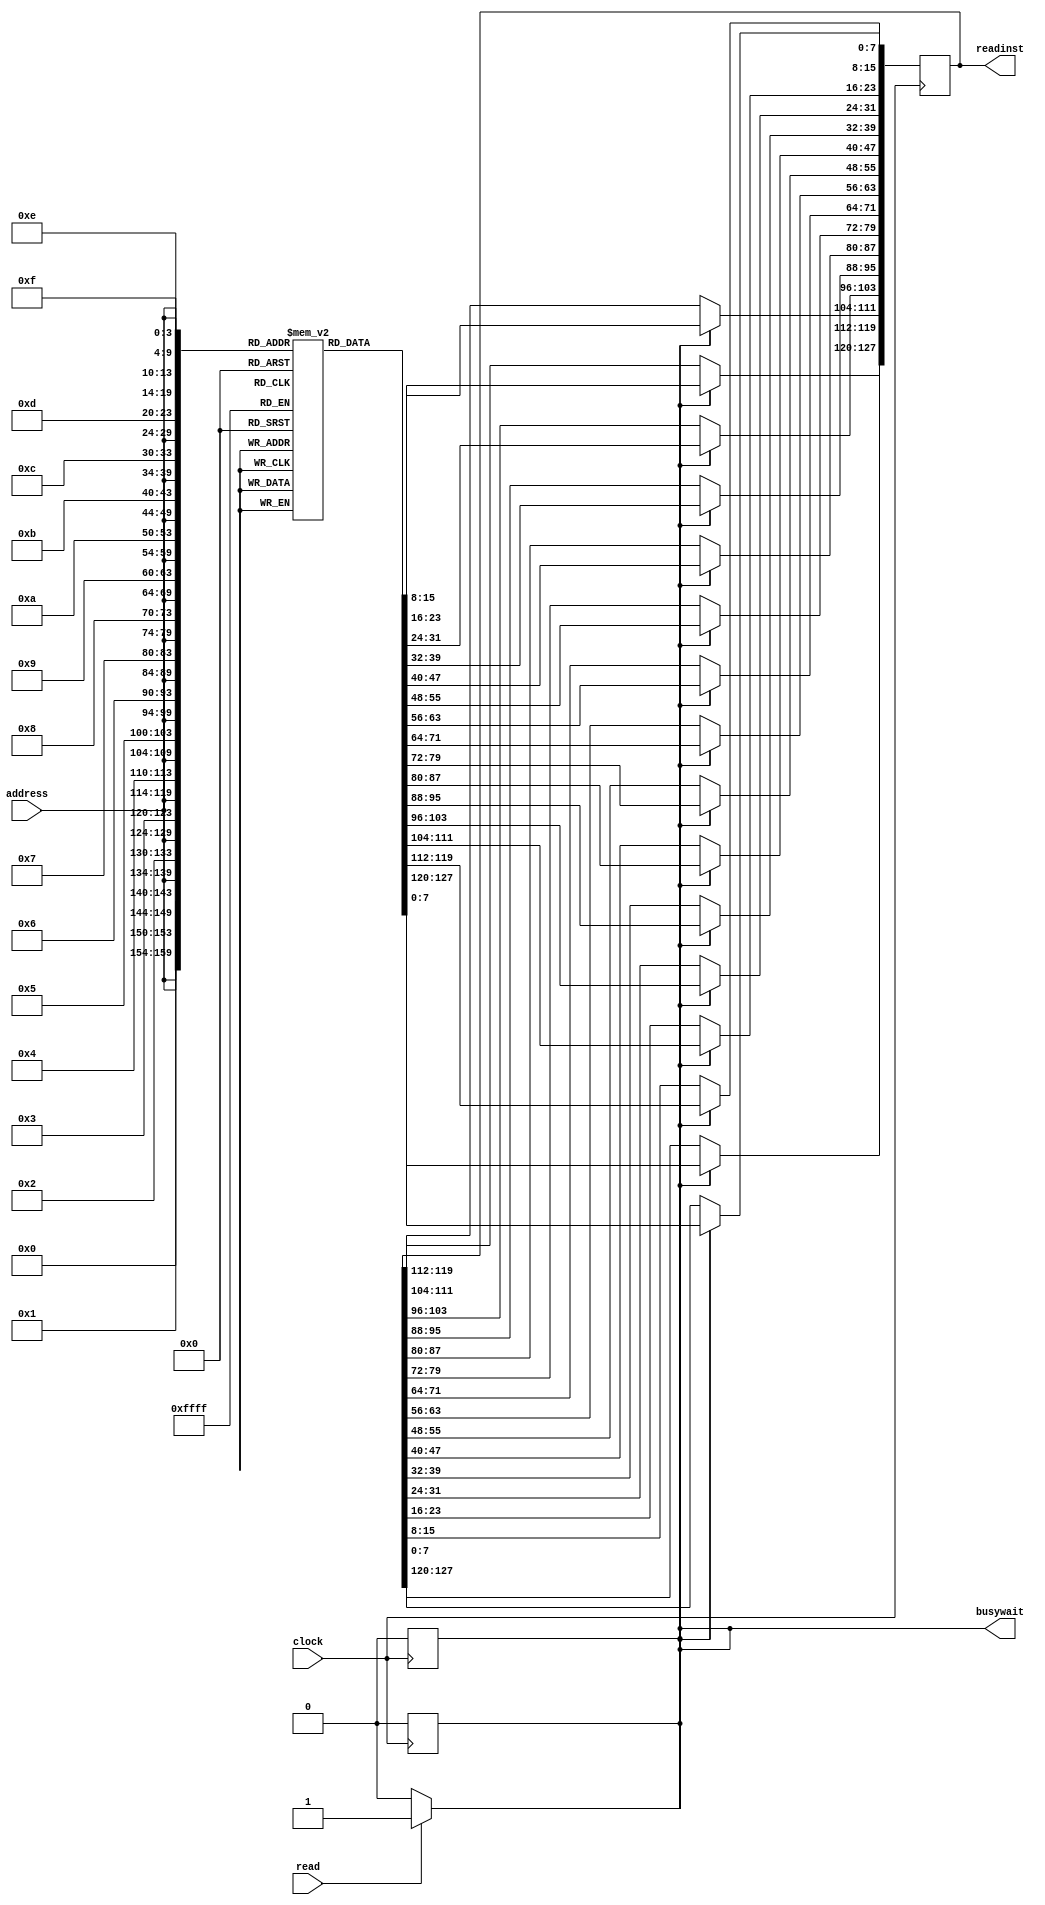
/*
CO225 Lab 06 (part 2)
Authors : E/19/105 FAHMAN M.H.M.
          E/19/106 FASEEH M.F.M.
*/

module instruction_memory(
	clock,
	read,
    address,
    readinst,
	busywait
);
input				clock;
input				read;
input[5:0]			address;
output reg [127:0]	readinst;
output	reg			busywait;

reg readaccess;

//Declare memory array 1024x8-bits 
reg [7:0] memory_array [1023:0];

//Initialize instruction memory
initial
begin
	busywait = 0;
	readaccess = 0;
	
    // Sample program given below. You may hardcode your software program here, or load it from a file:
    {memory_array[10'd3],  memory_array[10'd2],  memory_array[10'd1],  memory_array[10'd0]}  = 32'b00000000000001000000000000011001; // loadi 4 #25
    {memory_array[10'd7],  memory_array[10'd6],  memory_array[10'd5],  memory_array[10'd4]}  = 32'b00000000000001010000000000100011; // loadi 5 #35
    {memory_array[10'd11], memory_array[10'd10], memory_array[10'd9],  memory_array[10'd8]}  = 32'b00000010000001100000010000000101; // add 6 4 5
    {memory_array[10'd15], memory_array[10'd14], memory_array[10'd13], memory_array[10'd12]} = 32'b00000000000000010000000001011010; // loadi 1 90
	
end



//Detecting an incoming memory access
always @(read)
begin
    busywait = (read)? 1 : 0;
    readaccess = (read)? 1 : 0;
end

//Reading
always @(posedge clock)
begin
	if(readaccess)
	begin
		readinst[7:0]     = #40 memory_array[{address,4'b0000}];
		readinst[15:8]    = #40 memory_array[{address,4'b0001}];
		readinst[23:16]   = #40 memory_array[{address,4'b0010}];
		readinst[31:24]   = #40 memory_array[{address,4'b0011}];
		readinst[39:32]   = #40 memory_array[{address,4'b0100}];
		readinst[47:40]   = #40 memory_array[{address,4'b0101}];
		readinst[55:48]   = #40 memory_array[{address,4'b0110}];
		readinst[63:56]   = #40 memory_array[{address,4'b0111}];
		readinst[71:64]   = #40 memory_array[{address,4'b1000}];
		readinst[79:72]   = #40 memory_array[{address,4'b1001}];
		readinst[87:80]   = #40 memory_array[{address,4'b1010}];
		readinst[95:88]   = #40 memory_array[{address,4'b1011}];
		readinst[103:96]  = #40 memory_array[{address,4'b1100}];
		readinst[111:104] = #40 memory_array[{address,4'b1101}];
		readinst[119:112] = #40 memory_array[{address,4'b1110}];
		readinst[127:120] = #40 memory_array[{address,4'b1111}];
		busywait = 0;
		readaccess = 0;
	end
end
 
endmodule